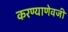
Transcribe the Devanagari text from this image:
करण्याणेवजी